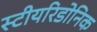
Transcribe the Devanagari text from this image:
स्टीयरिडोनिक